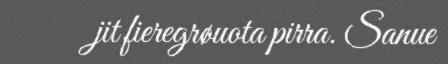
jit fieregrøuota pirra. Sanue